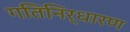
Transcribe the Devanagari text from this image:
गतिनिर्धारण